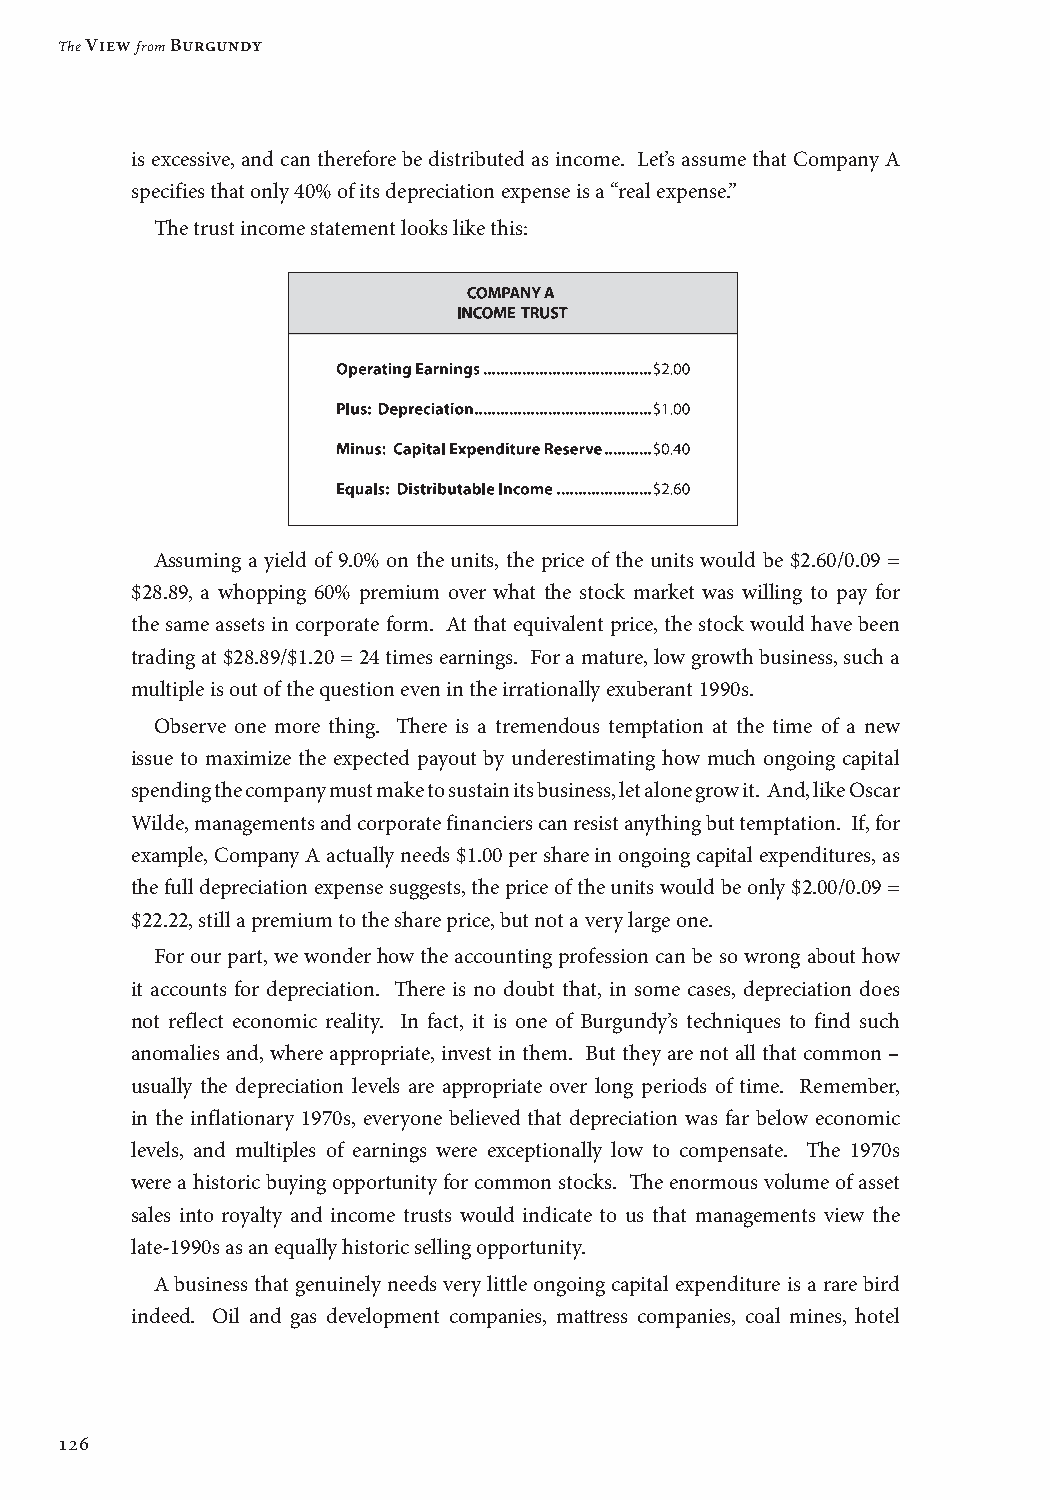
The View from Burgundy
 is excessive, and can therefore be distributed as income. Let’s assume that Company A
 specifies that only 40% of its depreciation expense is a “real expense.”
 The trust income statement looks like this:
 Assuming a yield of 9.0% on the units, the price of the units would be $2.60/0.09 =
 $28.89, a whopping 60% premium over what the stock market was willing to pay for
 the same assets in corporate form. At that equivalent price, the stock would have been
 trading at $28.89/$1.20 = 24 times earnings. For a mature, low growth business, such a
 multiple is out of the question even in the irrationally exuberant 1990s.
 Observe one more thing. There is a tremendous temptation at the time of a new
 issue to maximize the expected payout by underestimating how much ongoing capital
 spending the company must make to sustain its business, let alone grow it. And, like Oscar
 Wilde, managements and corporate financiers can resist anything but temptation. If, for
 example, Company A actually needs $1.00 per share in ongoing capital expenditures, as
 the full depreciation expense suggests, the price of the units would be only $2.00/0.09 =
 $22.22, still a premium to the share price, but not a very large one.
 For our part, we wonder how the accounting profession can be so wrong about how
 it accounts for depreciation. There is no doubt that, in some cases, depreciation does
 not reflect economic reality. In fact, it is one of Burgundy’s techniques to find such
 anomalies and, where appropriate, invest in them. But they are not all that common –
 usually the depreciation levels are appropriate over long periods of time. Remember,
 in the inflationary 1970s, everyone believed that depreciation was far below economic
 levels, and multiples of earnings were exceptionally low to compensate. The 1970s
 were a historic buying opportunity for common stocks. The enormous volume of asset
 sales into royalty and income trusts would indicate to us that managements view the
 late-1990s as an equally historic selling opportunity.
 A business that genuinely needs very little ongoing capital expenditure is a rare bird
 indeed. Oil and gas development companies, mattress companies, coal mines, hotel
 126